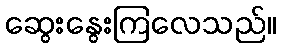
ဆွေးနွေးကြလေသည်။